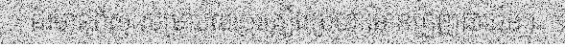
ជ័រមានពិស សម្រាប់លាបគ្រឿងប្រហារមានព្រួញជាដើម។